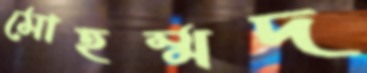
মোহম্মদ